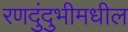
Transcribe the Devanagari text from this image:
रणदुंदुभीमधील